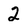
Character: 2